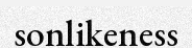
sonlikeness